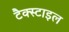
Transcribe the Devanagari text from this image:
टैक्स्टाइल